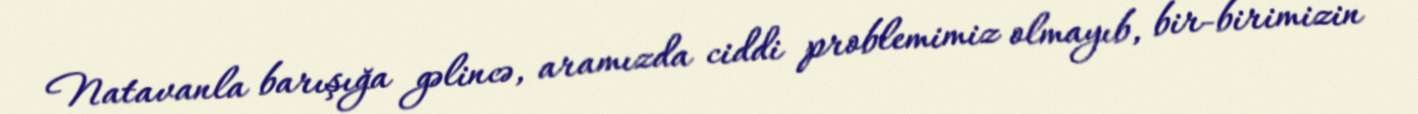
Natavanla barışığa gəlincə, aramızda ciddi problemimiz olmayıb, bir-birimizin